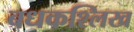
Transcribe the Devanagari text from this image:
बधकश्लिख